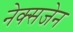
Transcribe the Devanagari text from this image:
नेक्सजेन